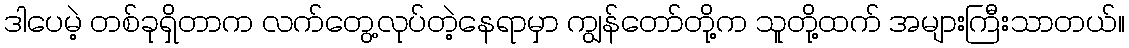
ဒါပေမဲ့ တစ်ခုရှိတာက လက်တွေ့လုပ်တဲ့နေရာမှာ ကျွန်တော်တို့က သူတို့ထက် အများကြီးသာတယ်။